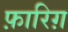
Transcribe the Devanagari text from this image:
फ़ारिग़